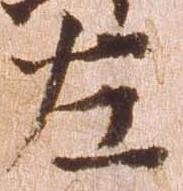
左